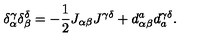
\delta _ { \alpha } ^ { \gamma } \delta _ { \beta } ^ { \delta } = - \frac 1 2 J _ { \alpha \beta } J ^ { \gamma \delta } + d _ { \alpha \beta } ^ { a } d _ { a } ^ { \gamma \delta } .